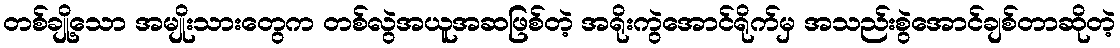
တစ်ချို့သော အမျိုးသားတွေက တစ်လွဲအယူအဆဖြစ်တဲ့ အရိုးကွဲအောင်ရိုက်မှ အသည်းစွဲအောင်ချစ်တာဆိုတဲ့